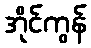
အိုင်ကွန်